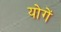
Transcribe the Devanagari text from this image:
योगें